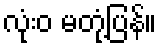
လုံးဝ မတုံ့ပြန်။